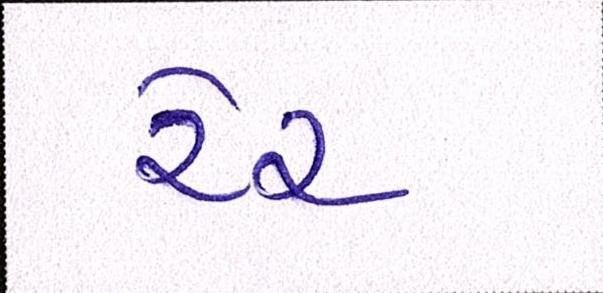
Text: રેર